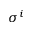
\sigma ^ { i }